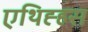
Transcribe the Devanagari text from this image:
एथिह्हस